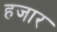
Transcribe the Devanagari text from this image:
हजार